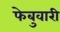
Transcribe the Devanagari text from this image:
फेबुवारी